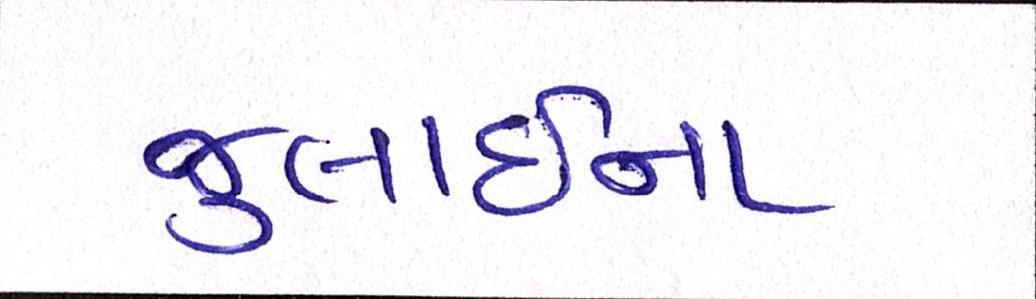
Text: જુલાઈના